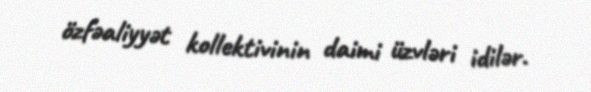
özfəaliyyət kollektivinin daimi üzvləri idilər.